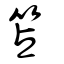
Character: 笘